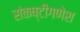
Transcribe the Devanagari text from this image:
संकष्टीगणेश